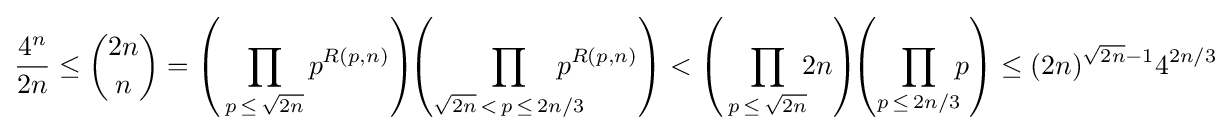
{\frac {4^{n}}{2n}}\leq {\binom {2n}{n}}=\left(\,\prod _{p\,\leq \,{\sqrt {2n}}}p^{R(p,n)}\right)\!\!\left(\prod _{{\sqrt {2n}}\,<\,p\,\leq \,2n/3}\!\!\!\!\!\!\!p^{R(p,n)}\right)<\left(\,\prod _{p\,\leq \,{\sqrt {2n}}}\!\!2n\right)\!\!\left(\prod _{p\,\leq \,2n/3}\!\!p\right)\leq (2n)^{{\sqrt {2n}}-1}4^{2n/3}